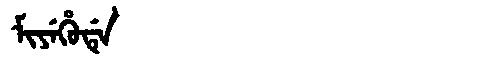
Manchu: ᠮᡳᠶᡝᡥᡠᡩᡝ
Romanization: MIYEHUDE